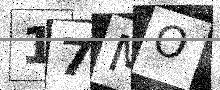
Text: 17MO